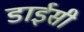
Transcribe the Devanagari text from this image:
डाईसी